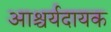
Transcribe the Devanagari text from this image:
आश्चर्यदायक